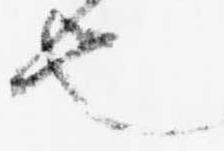
也